Bombay plague: being a history of the progress of plague in the Bombay presidency from September 1896 to June 1899
Year: 1896
Disease focus: Plague
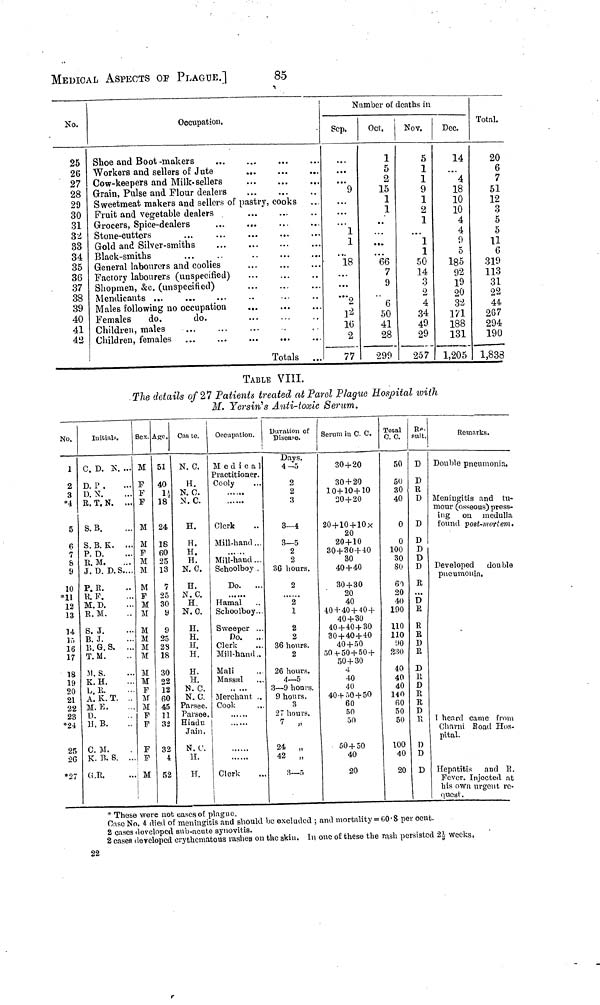
MEDICAL ASPECTS OF PLAGUE.]
85
No.
25
26
27
28
29
30
31
32
33
34
35
36
37
38
39
40
41
42
Occupation.
Shoe and Boot -makers
Workers and sellers of Jute
Cow-keepers and Milk-sellers
Grain, Pulse and Flour dealers
...
...
Sweetmeat makers and sellers of pastry, cooks
Fruit and vegetable dealers
Grocers, Spice-dealers
Stone-cutters
Gold and Silver-smiths
Black-smiths
General labotirers and coolies
Factory labourers (unspecified)
Shopmen, &c. (unspecified)
Mendicants
...
...
...
Males following no occupation
Females
do.
do.
Children, males
Children, females
...
...
.·.
...
...
...
Totals
...
...
. · ·
...
...
...
Number of deaths in
Sep.
9
« ..
1
1
... 18
... 2
12
16
2
77
Oct.
1
5
2
15
1
1
..
...
66
7
9
6
50
41
28
299
Nov.
5
1
1
9
1
2
1
1
1
50
14
3
2
4
34
49
29
257
Dec.
14
4
18
10
10
4
4
9
5
185
92
19
20
32
171
188
131
1,205
Total.
20
6
7
51
12
3
5
5
11
6
319
113
31
22
44
267
294
190
1,838
TABLE VIII.
The details of 27 Patients treated at Parel Plague Hospital with
M. Yersin's Anti-toxic Serum.
No.
1
2
3
*4
5
6
7
S
9
10
*11
12
13
14
15
16
17
18
19
20
21
22
23
*24
25
26
*27
Initials.
C. D. K
D. P .
D. N.
R. T. N.
S. B.
S. B. K.
P. D.
R. M.
...
...
...
...
...
.. ·
J. D. D.S....
P. R.
R. F.
M. D.
R. M.
S. J.
B. J.
B. G. S.
T. M.
M. S.
K. H.
L. R.
A. K. T.
M. E.
D.
H. B.
C. M.
K. B. S.
G.E.
..
...
...
Bex.
M
F
F
F
M
M
F
M
M
M
F
M
M
M
M
M
M
M
M
F
M
M
F
F
F
F
M
ASC.
51
40
1½
18"
24
18
60
25
13
7
25
30
y
9
25
23
18
30
22
12
60
45
11
32
32
4
52
Cas te.
N. C.
H.
N. C.
N. C.
H.
H.
H.
H.
N. G.
H.
N. C.
H.
N. G.
H.
H.
H.
H.
H.
H.
N. C.
N. C.
Parsee.
Parsee.
Hindu
Jain.
Ν. (λ
H.
H.
Occupation,
Medical
Practitioner.
Cooly
... ...
Clerk
Mill-hand ...
Mill-hand ...
Schoolboy .
Do.
...
... ...
Hamal
Schoolboy...
Sweeper ...
Do.
...
Clerk
Mill-hand ..
Mali
Massai
.. ...
Merchant ..
Cook ....
... ...
... ...
Clerk
Duration of
Disease.
Days.
4-5
2
2
3
3—4
3—5
2
2
36 hours.
2
... ...
2
1
2
2
36 hours.
2
26 hours.
4—5
3—9 hoars.
9 hours.
3
27 hours.
7 ,,
24
„
42
„
3—5
Serum in C. C.
30 + 20
30 + 20
10+10+10
20 + 20
20 + 10 + 10x
20
20+10
30 + 30+40
30
40+40
30 + 30
20
40
40 + 40 + 40 +
40 + 30
40 + 40 + 30
30 + 40+40
40 + 50
50 + 50 + 50 +
50+30
4
40
40
40+50 + 50
60
50
50
50 + 50
40
20
Total
C. C.
50
SO
30
40
0
0
100
30
80
60
20
40
190
110
110
90
230
40
40
40
140
60
50
50
100
40
20
Result
D
D
R
D
D
D
D
D
D
R
...
D
K
R
R
D
R
D
U
D
R
R
D
E
n
D
D
Remarks.
Double pneumonia.
Meningitis and tu-
mour (osseous) press-
ing on medulla
found post-mortem.
Developed double
pneumonia.
I heard came from
Charni Road Hos-
pital.
Hepatitis and R.
Fever. Injected at
his own urgent re-
quest.
* These were not cases of plague.
Case No. 4 died of meningitis and should be excluded ; and mortality = 60 . 8 per cent.
2 cases doveloped sub-acute synovitis.
2 cases developed crythematous rashes on the skin. In one of these the rash persisted 2½ weeks,
22